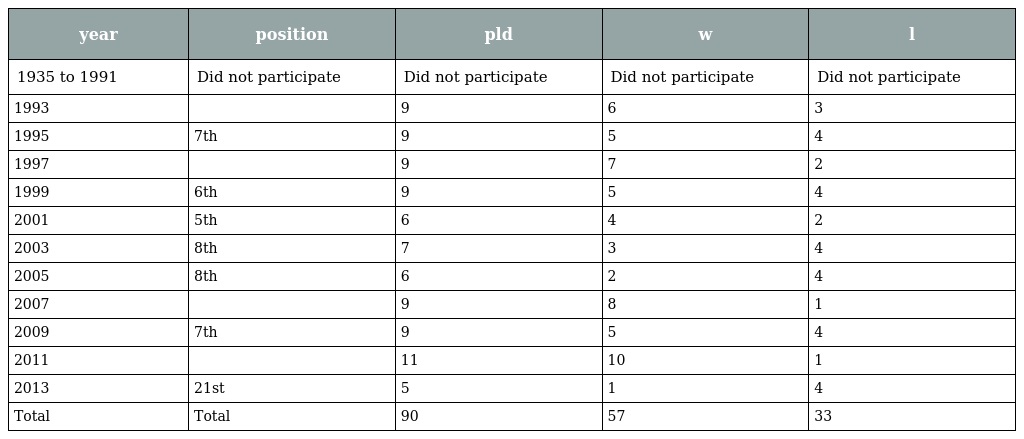
| year | position | pld | w | l |
 | --- | --- | --- | --- | --- |
 | 1935 to 1991 | Did not participate | Did not participate | Did not participate | Did not participate |
 | 1993 |  | 9 | 6 | 3 |
 | 1995 | 7th | 9 | 5 | 4 |
 | 1997 |  | 9 | 7 | 2 |
 | 1999 | 6th | 9 | 5 | 4 |
 | 2001 | 5th | 6 | 4 | 2 |
 | 2003 | 8th | 7 | 3 | 4 |
 | 2005 | 8th | 6 | 2 | 4 |
 | 2007 |  | 9 | 8 | 1 |
 | 2009 | 7th | 9 | 5 | 4 |
 | 2011 |  | 11 | 10 | 1 |
 | 2013 | 21st | 5 | 1 | 4 |
 | Total | Total | 90 | 57 | 33 |